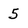
Character: 5